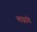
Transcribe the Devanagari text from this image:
लग्नांत